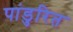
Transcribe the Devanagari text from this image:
पांडुरित